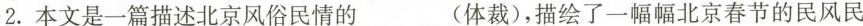
2.本文是一篇描述北京风俗民情的__(体裁)，描绘了一幅幅北京春节的民风民